Report of the Indian Hemp Drugs Commission, 1894-1895 - Volume VII
Year: 1894
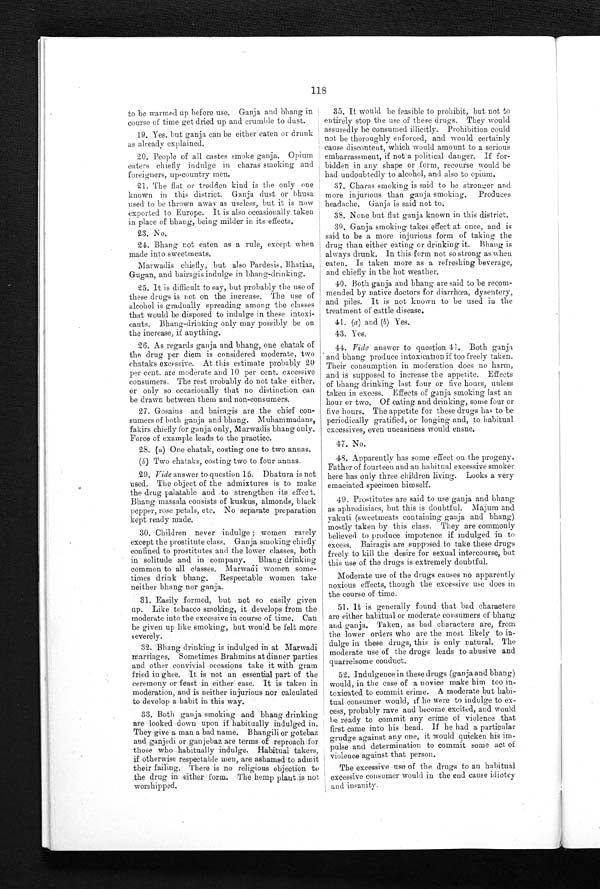
118
to be warmed up before use. Ganja and bhang in
course of time get dried up and crumble to dust.
19. Yes, but ganja can be either eaten or drunk
as already explained.
20. People of all castes smoke ganja. Opium
eaters chiefly indulge in charas smoking and
foreigners, up-country men.
21. The flat or trodden kind is the only one
known in this district. Ganja dust or bhusa
used to be thrown away as useless, but it is now
exported to Europe. It is also occasionally taken
in place of bhang, being milder in its effects.
2 3 . N o .
24. Bhang not eaten as a rule, except when
made into sweetmeats.
Marwadis chiefly, but also Pardesis, Bhatias,
Gugan, and bairagis indulge in bhang-drinking.
25. It is difficult to say, but probably the use of
these drugs is not on the increase. The use of
alcohol is gradually spreading among the classes
that would be disposed to indulge in these intoxi
-
cants. Bhang-drinking only may possibly be on
the increase, if anything.
26. As regards ganja and bhang, one chatak of
the drug per diem is considered moderate, two
chataks excessive. At this estimate probably 20
per cent. are moderate and 10 per cent. excessive
consumers. The rest probably do not take either,
or only so occasionally that no distinction can
be drawn between them and non-consumers.
27. Gosains and bairagis are the chief con
-
sumers of both ganja and bhang. Muhammadans,
fakirs chiefly for ganja only, Marwadis bhang only.
Force of example leads to the practice.
28. (a) One chatak, costing one to two annas.
(b) Two chataks, costing two to four annas.
29. Vide answer to question 15. Dhatura is not
used. The object of the admixtures is to make
the drug palatable and to strengthen its effect.
Bhang massala consists of kuskus, almonds, black
pepper, rose petals, etc. No separate preparation
kept ready made.
30. Children never indulge ; women rarely
except the prostitute class. Ganja smoking chiefly
c o n f i n e d t o p r o s t i t u t e s a n d t h e l o w e r c l a s s e s , b o t h
in solitude and in company. bhang drinking
common to all classes. Marwadi women some-
times drink bhang. Respectable women take
neither bhang nor ganja.
31. Easily formed, but not so easily given
up. Like tobacco smoking, it develops from the
moderate into the excessive in course of time. Can
be given up like smoking, but would be felt more
severely.
32. Bhang drinking is indulged in at Marwadi
marriages. Sometimes Brahmins at dinner parties
and other convivial occasions take it with gram
fried in ghee. It is not an essential part of the
ceremony or feast in either case. It is taken in
moderation, and is neither injurious nor calculated
to develop a habit in this way.
33. Both ganja smoking and bhang drinking
are looked down upon if habitually indulged in.
They give a man a bad name. Bhangili or gotebaz
and ganjedi or ganjebaz are terms of reproach for
those who habitually indulge. Habitual takers,
if otherwise respectable men, are ashamed to admit
their failing. There is no religious objection to
the drug in either form. The hemp plant is not
worshipped.
35. It would be feasible to prohibit, but not to
entirely stop the use of these drugs. They would
assuredly be consumed illicitly. Prohibition could
not be thoroughly enforced, and would certainly
cause discontent, which would amount to a serious
embarrassment, if not a political danger. If for
-
bidden in any shape or form, recourse would be
had undoubtedly to alcohol, and also to opium.
37. Charas smoking is said to be stronger and
more injurious than ganja smoking. Produces
headache. Ganja is said not to.
38. None but flat ganja known in this district.
39. Ganja smoking takes effect at once, and is
said to be a more injurious form of taking the
drug than either eating or drinking it. Bhang is
always drunk. In this form not so strong as when
eaten. Is taken more as a refreshing beverage,
and chiefly in the hot weather.
40. Both ganja and bhang are said to be recom
-
mended by native doctors for diarrhœa, dysentery,
and piles. It is not known to be used in the
treatment of cattle disease.
41. (a ) and (b) Yes.
43. Yes.
44. Vide answer to question 41. Both ganja
and bhang produce intoxication if too freely taken.
Their consumption in moderation does no harm,
and is supposed to increase the appetite. Effects
of bhang drinking last four or five hours, unless
taken in excess. Effects of ganja smoking last an
hour or two. Of eating and drinking, some four or
five hours. The appetite for these drugs has to be
periodically gratified, or longing and, to habitual
excessives, even uneasiness would ensue.
47. No.
48. Apparently has some effect on the progeny.
Father of fourteen and an habitual excessive smoker
here has only three children living. Looks a very
emaciated specimen himself.
49. Prostitutes are said to use ganja and bhang
as aphrodisiacs, but this is doubtful. Majum and
yakuti (sweetmeats containing ganja and bhang)
mostly taken by this class. They are commonly
believed to produce impotence if indulged in
t o e x c e s s . B a i r a g i s a r e s u p p o s e d t o t a k e t h e s e d r u g s
freely to kill the desire for sexual intercourse, but
this use of the drugs is extremely doubtful.
Moderate use of the drugs causes no apparently
noxious effects, though the excessive use does in
the course of time.
51. It is generally found that bad characters
are either habitual or moderate consumers of bhang
and ganja. Taken, as bad characters are, from
the lower orders who are the most likely to in
-
ulge in these drugs, this is only natural. The
moderate use of the drugs leads to abusive and
quarrelsome conduct.
52. Indulgence in these drugs (ganja and bhang)
would, in the case of a novice make him too in-
toxicated to commit crime. A moderate but habi
-tual consumer would, if he were to indulge to ex-
cess, probably rave and become excited, and would
b e
r e a d y t o c o m m i t a n y c r i m e o f v i o l e n c e t h a t
first came into his head. If he had a particular
grudge against any one, it would quicken his
i m -
pulse and determination to commit some act of
violence against that person.
The excessive use of the drugs to an habitual
excessive consumer would in the end cause idiotcy
and insanity.